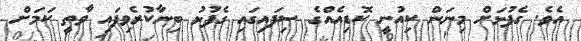
އެވެ. ގެފުޅަށް މިނަން ކިއުނީ ކޮޑިއެއްގެ ސިފައިގައި ގެފުޅު ބިނާކުރެވިފައި ވާތީ ކަމަށް